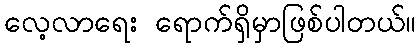
လေ့လာရေး ရောက်ရှိမှာဖြစ်ပါတယ်။